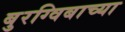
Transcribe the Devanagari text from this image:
बुरग्विबाच्या